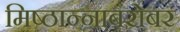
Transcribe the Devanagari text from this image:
मिष्ठान्नाबरोबर